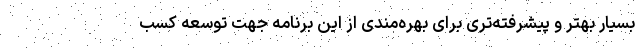
بسیار بهتر و پیشرفته‌تری برای بهره‌مندی از این برنامه جهت توسعه کسب